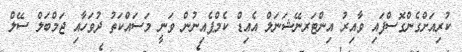
ކުރިއަށްގެންގޮސްފައި ވާއިރު އިންޓަރނޭޝަނަލް އެއިޑް ކެމްޕެއިނުން ވަނީ މަސައްކަތު ދުވަހާއި ޖަމްބަލް ސޭލް